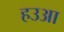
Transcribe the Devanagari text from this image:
हउआ